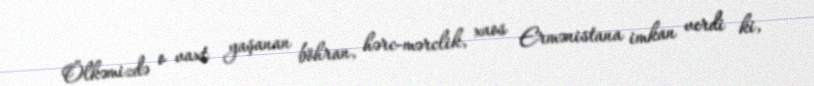
Ölkəmizdə o vaxt yaşanan böhran, hərc-mərclik, xaos Ermənistana imkan verdi ki,